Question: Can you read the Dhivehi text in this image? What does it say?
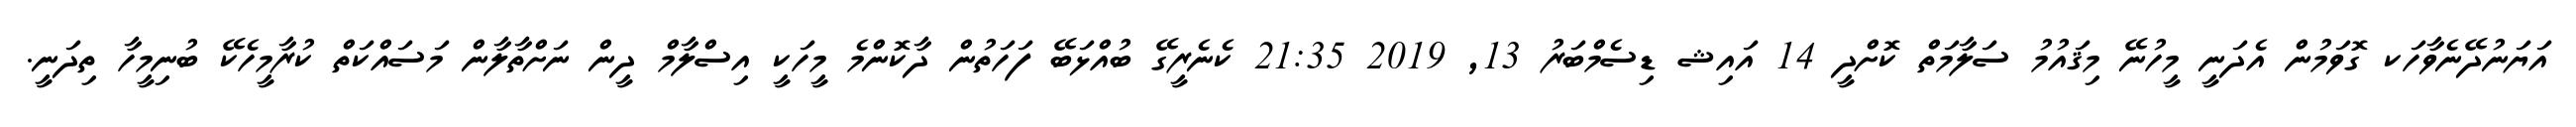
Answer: އަޔަނުދޭނެވާހަކ ގޮވަމުން އެދަނީ މީހުނޭ މިޤައުމު ސަލާމަތް ކޮށްދީ 14 އައިޝ ޑިސެމްބަރު 13, 2019 21:35 ކެނެރީގޭ ބުއްޅަބޭ ފަހަތުން ދާކޮންމެ މީހަކީ އިސްލާމް ދީން ނަށްތާލާން މަސައްކަތް ކުރާމީހެކޭ ބުނިމީހާ ތިދަނީ.